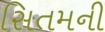
સિતમની